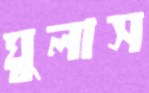
ঘুলাস